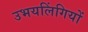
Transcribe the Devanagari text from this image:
उभयलिंगियों